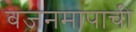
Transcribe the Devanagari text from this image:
वजनमापाची